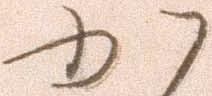
か